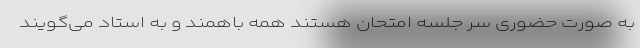
به صورت حضوری سر جلسه امتحان هستند همه باهمند و به استاد می‌گویند